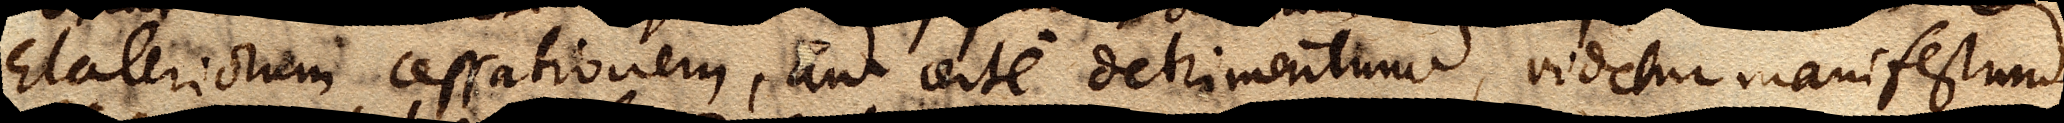
elateriorum cessationem, aut certe detrimentum videtur manifestum.